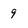
Character: 9